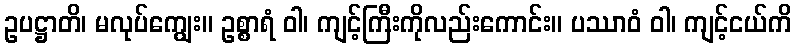
ဥပဋ္ဌာတိ၊ မလုပ်ကျွေး။ ဥစ္စာရံ ဝါ၊ ကျင့်ကြီးကိုလည်းကောင်း။ ပဿာဝံ ဝါ၊ ကျင့်ငယ်ကိ